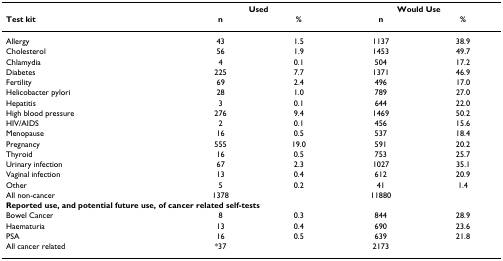
|  | <COLSPAN=2> Used | <COLSPAN=2> Would Use |
 | Test kit | n | % | n | % |
 | --- | --- | --- | --- | --- |
 | Allergy | 43 | 1.5 | 1137 | 38.9 |
 | Cholesterol | 56 | 1.9 | 1453 | 49.7 |
 | Chlamydia | 4 | 0.1 | 504 | 17.2 |
 | Diabetes | 225 | 7.7 | 1371 | 46.9 |
 | Fertility | 69 | 2.4 | 496 | 17.0 |
 | Helicobacter pylori | 28 | 1.0 | 789 | 27.0 |
 | Hepatitis | 3 | 0.1 | 644 | 22.0 |
 | High blood pressure | 276 | 9.4 | 1469 | 50.2 |
 | HIV/AIDS | 2 | 0.1 | 456 | 15.6 |
 | Menopause | 16 | 0.5 | 537 | 18.4 |
 | Pregnancy | 555 | 19.0 | 591 | 20.2 |
 | Thyroid | 16 | 0.5 | 753 | 25.7 |
 | Urinary infection | 67 | 2.3 | 1027 | 35.1 |
 | Vaginal infection | 13 | 0.4 | 612 | 20.9 |
 | Other | 5 | 0.2 | 41 | 1.4 |
 | All non-cancer | 1378 |  | 11880 |  |
 | <COLSPAN=5> Reported use, and potential future use, of cancer related self-tests |
 | Bowel Cancer | 8 | 0.3 | 844 | 28.9 |
 | Haematuria | 13 | 0.4 | 690 | 23.6 |
 | PSA | 16 | 0.5 | 639 | 21.8 |
 | All cancer related | *37 |  | 2173 |  |